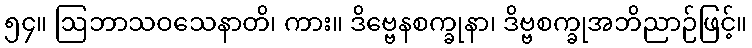
၅၄။ ဩဘာသဝသေနာတိ၊ ကား။ ဒိဗ္ဗေနစက္ခုနာ၊ ဒိဗ္ဗစက္ခုအဘိညာဉ်ဖြင့်။